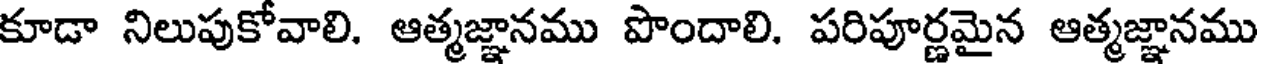
కూడా నిలుపుకోవాలి. ఆత్మజ్ఞానము పొందాలి. పరిపూర్ణమైన ఆత్మజ్ఞానము